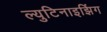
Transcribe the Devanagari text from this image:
ल्युटिनाइझिंग